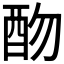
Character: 𨟸